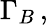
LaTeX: \Gamma_{B}\, ,